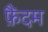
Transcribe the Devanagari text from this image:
फ़ैंदम